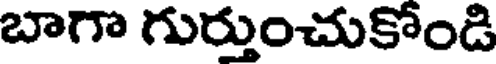
బాగా గుర్తుంచుకోండి